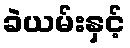
ခဲယမ်းနှင့်